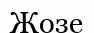
Жозе